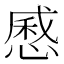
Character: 㥻